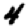
Digit: 4